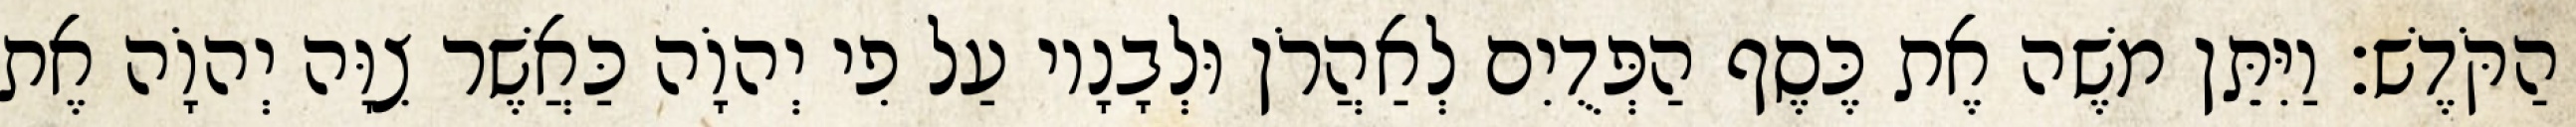
הַקֹּדֶשׁ׃ וַיִּתֵּן משֶׁה אֶת כֶּסֶף הַפְּדֻיִם לְאַהֲרֹן וּלְבָנָיו עַל פִי יְהוָֹה כַּאֲשֶׁר צִוָּה יְהוָֹה אֶת